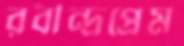
রবীন্দ্রপ্রেম